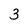
Character: 3